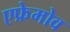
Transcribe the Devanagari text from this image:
एफ्रेमोव